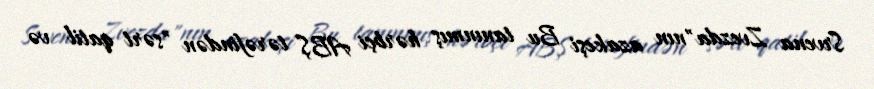
Srvena Zvezda"nın azakeşi Bu tanınmış hərbçi ABŞ tərəfindən "sərt qatil və